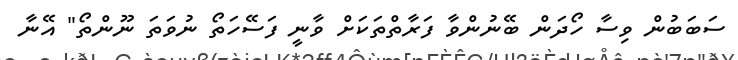
ސަބަބުން ވިސާ ހޯދަން ބޭނުންވާ ފަރާތްތަކަށް ވާނީ ފަސޭހަތޯ ނުވަތަ ނޫންތޯ" އޭނާ